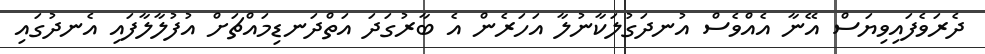
ދެރަވެފައިވިޔަސް އޭނާ އެއްވެސް އުނދަގުލަކާނުލާ އަހަރެން އެ ބާރުގަދަ އަތްދަނޑިމައްޗަށް އުފުލާލާފައި އެނދުގައި